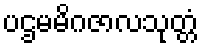
ပဌမမိဂဇာလသုတ္တံ